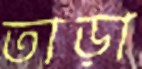
তাড়া